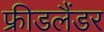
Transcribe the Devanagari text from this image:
फ्रीडलैंडर